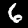
Digit: 6